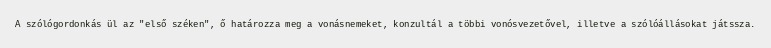
A szólógordonkás ül az "első széken", ő határozza meg a vonásnemeket, konzultál a többi vonósvezetővel, illetve a szólóállásokat játssza.